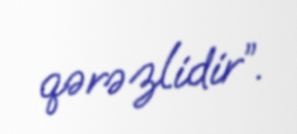
qərəzlidir”.